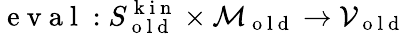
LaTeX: \mathrm{~e~v~a~l~}:S_{\mathrm{~o~l~d~}}^{\mathrm{~k~i~n~}}\times\mathcal{M}_{\mathrm{~o~l~d~}}\to\mathcal{V}_{\mathrm{~o~l~d~}}